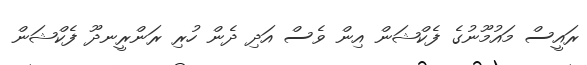
ރައީސް މައުމޫނުގެ ފެކްޝަން އިން ވެސް އަދި ދެން ހުރި ރަންރީނދޫ ފެކްޝަން